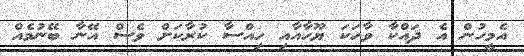
އެމީހުން އެ ދައްކާ ވާހަކަ ޔޫހާއާއި ހިއްސާ ކުރާކަށް ވެސް އޭނާ ބޭނުމެއް